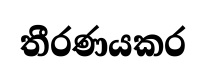
තීරණයකර